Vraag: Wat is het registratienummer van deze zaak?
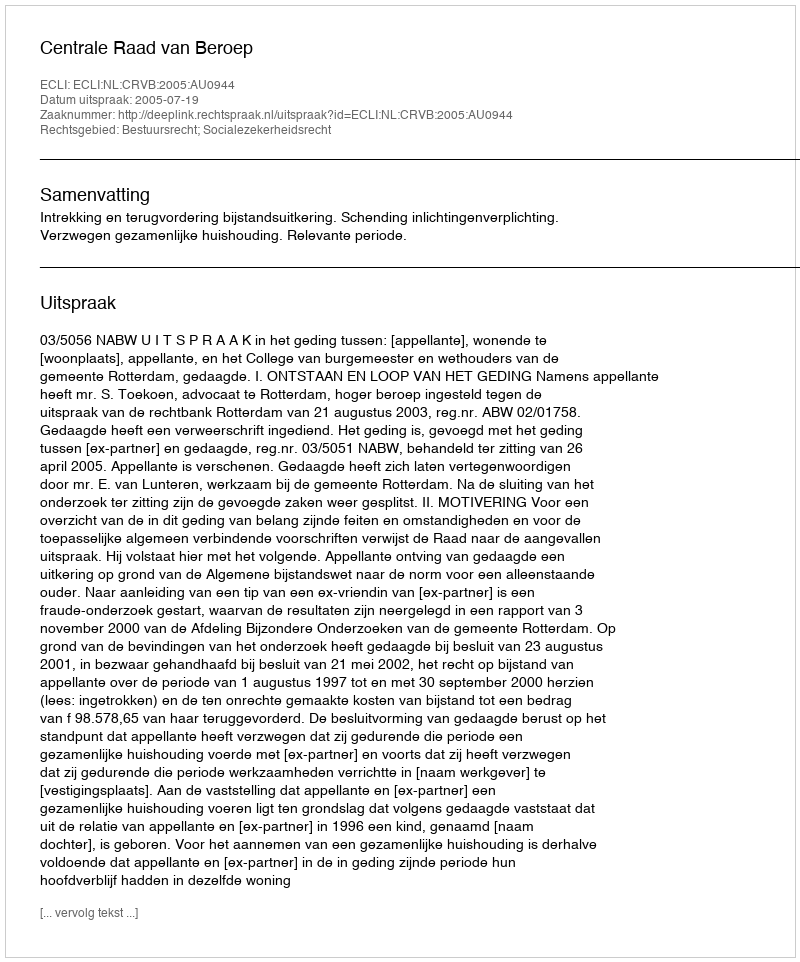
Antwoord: http://deeplink.rechtspraak.nl/uitspraak?id=ECLI:NL:CRVB:2005:AU0944